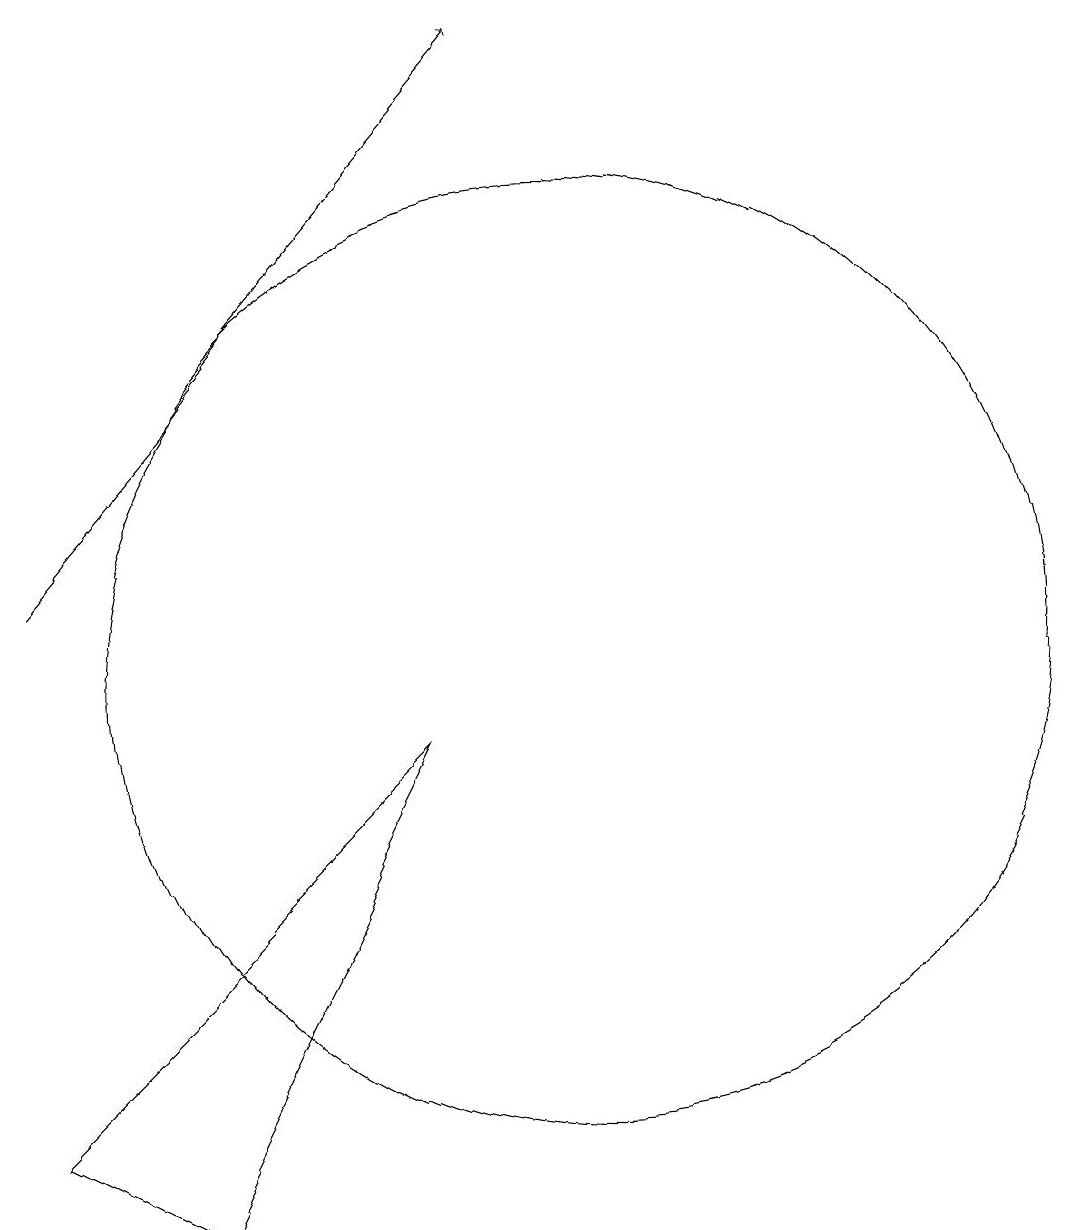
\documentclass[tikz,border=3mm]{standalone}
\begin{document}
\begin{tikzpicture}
\draw[->] (3,11) -- (9,18);
\draw (10,10) circle (6);
\draw (3,4) -- (5,3) -- (8,9) -- cycle;
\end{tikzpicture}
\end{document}